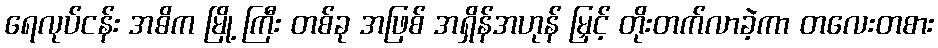
ရေလုပ်ငန်း အဓိက မြို့ ကြီး တစ်ခု အဖြစ် အရှိန်အဟုန် မြှင့် တိုးတက်လာခဲ့ကာ တလေးတစား